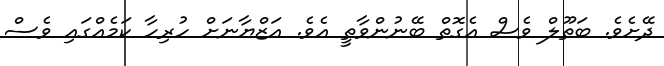
ދޭށެވެ. ބަތޫލް ވެސް އެގޮތް ބޭނުންވާތީ އެވެ. އަޒްޔާނަށް ހުރިހާ ކަމެއްގައި ވެސް